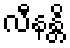
လီနန္တိ